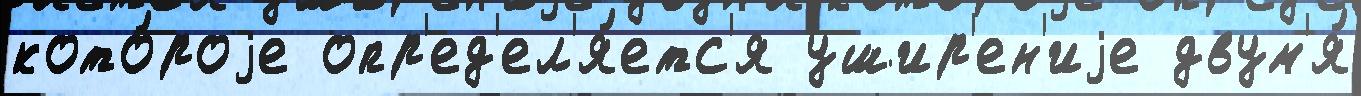
кото́роjе опр'ед'ел'я́етс'я ушир'ен'иjе двум'я́